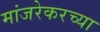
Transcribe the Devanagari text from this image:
मांजरेकरच्या